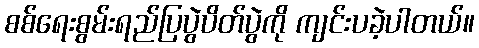
စစ်ရေးစွမ်းရည်ပြပွဲပိတ်ပွဲကို ကျင်းပခဲ့ပါတယ်။